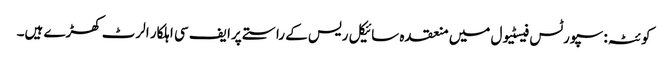
کوئٹہ: سپورٹس فیسٹیول میں منعقدہ سائیکل ریس کے راستے پرا یف سی اہلکار الرٹ کھڑے ہیں۔